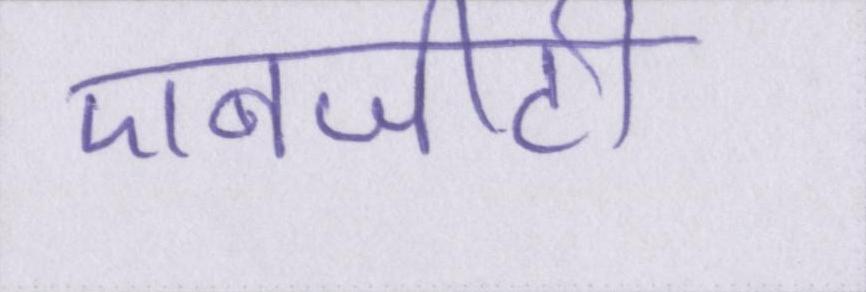
एनजीटी